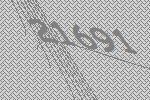
21691